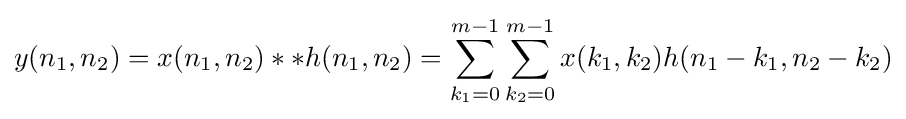
y(n_{1},n_{2})=x(n_{1},n_{2})**h(n_{1},n_{2})=\sum _{k_{1}=0}^{m-1}\sum _{k_{2}=0}^{m-1}x(k_{1},k_{2})h(n_{1}-k_{1},n_{2}-k_{2})